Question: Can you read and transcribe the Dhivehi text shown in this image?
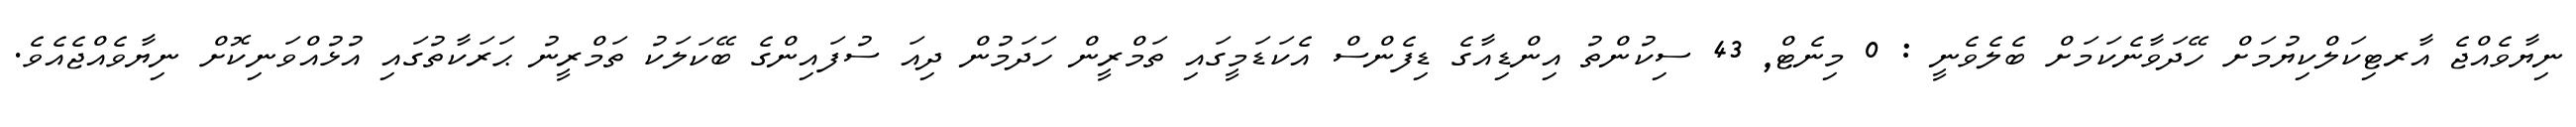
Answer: ނިޔާވެއްޖެ އާރޓިކަލްކިޔުމަށް ހޭދަވާނެކަމަށް ބެލެވެނީ : 0 މިނެޓް, 43 ސިކުންތު އިންޑިއާގެ ޑިފެންސް އެކަޑަމީގައި ތަމްރީން ހަދަމުން ދިއަ ސުފައިންގެ ބޭކަލަކު ތަމްރީނު ޙަރަކާތުގައި އުޅުއްވަނިކޮށް ނިޔާވެއްޖެއެވެ.